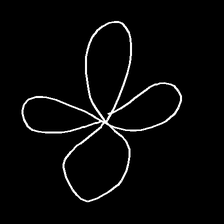
Glyph: billowing